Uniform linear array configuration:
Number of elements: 12
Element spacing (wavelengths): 0.75
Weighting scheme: hann
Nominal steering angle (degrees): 0
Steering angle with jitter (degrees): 0.4863
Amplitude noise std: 0.05
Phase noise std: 0.05

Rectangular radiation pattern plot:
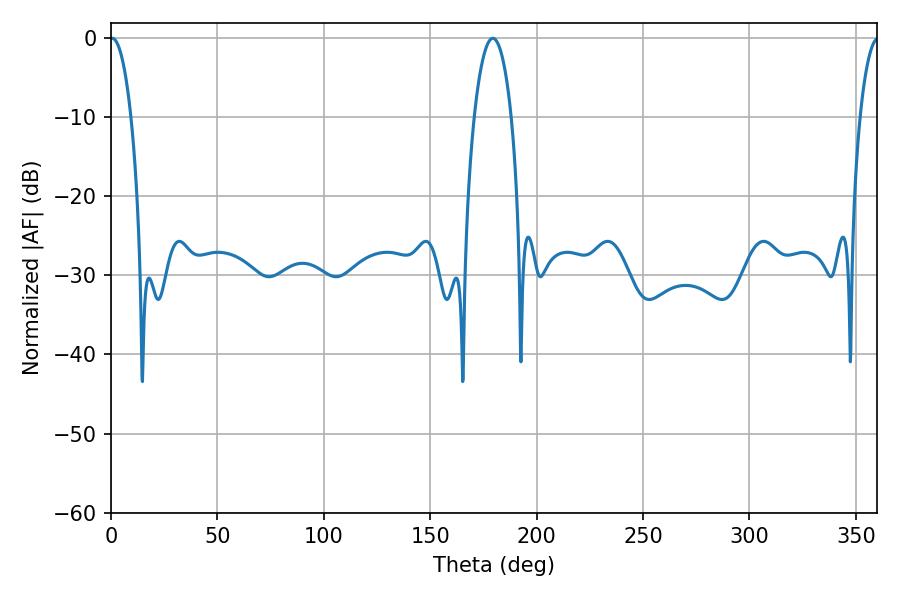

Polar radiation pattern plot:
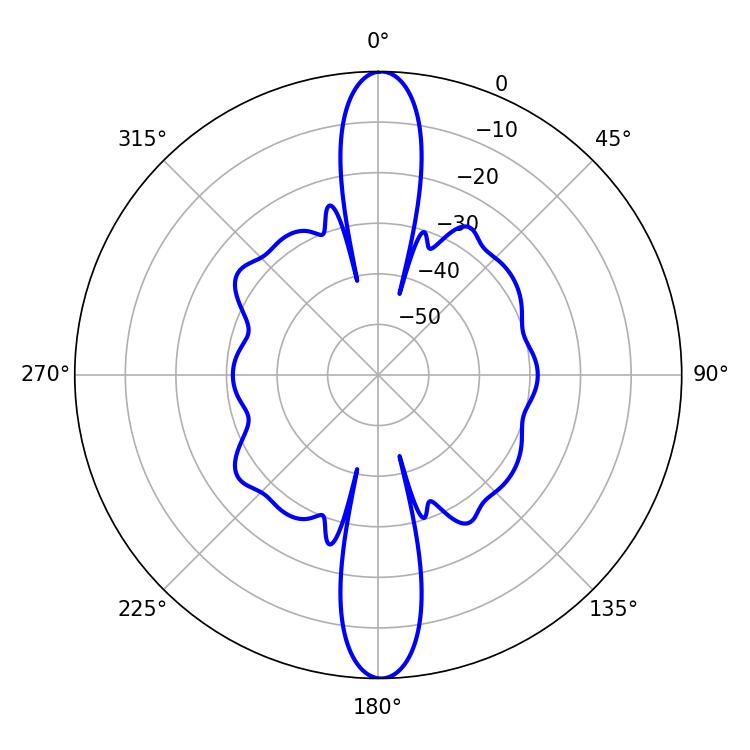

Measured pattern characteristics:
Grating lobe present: TRUE
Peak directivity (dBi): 26.746
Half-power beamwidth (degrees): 5.58
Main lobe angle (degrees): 0.54